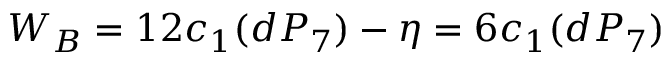
W _ { B } = 1 2 c _ { 1 } ( d P _ { 7 } ) - \eta = 6 c _ { 1 } ( d P _ { 7 } )